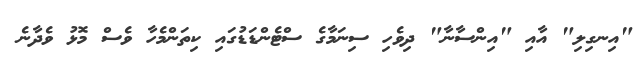
"އިނގިލި" އާއި "އިންސާނާ" ދިވެހި ސިނަމާގެ ސްޓެންޑަޑުގައި ކިތަންމެހާ ވެސް މޮޅު ވެދާނެ